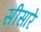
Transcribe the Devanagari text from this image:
सीसारे